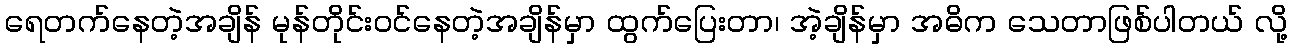
ရေတက်နေတဲ့အချိန် မုန်တိုင်းဝင်နေတဲ့အချိန်မှာ ထွက်ပြေးတာ၊ အဲ့ချိန်မှာ အဓိက သေတာဖြစ်ပါတယ် လို့